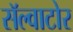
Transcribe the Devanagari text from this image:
सॅल्वाटोर